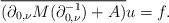
LaTeX: \begin{align*} \overline{(\partial_{0,\nu}M(\partial_{0,\nu}^{-1})+A)}u=f.\end{align*}